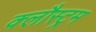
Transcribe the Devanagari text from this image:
क्लौस्ट्रम